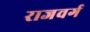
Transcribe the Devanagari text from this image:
राजवर्ग